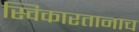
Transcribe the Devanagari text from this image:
स्विकारतानाच